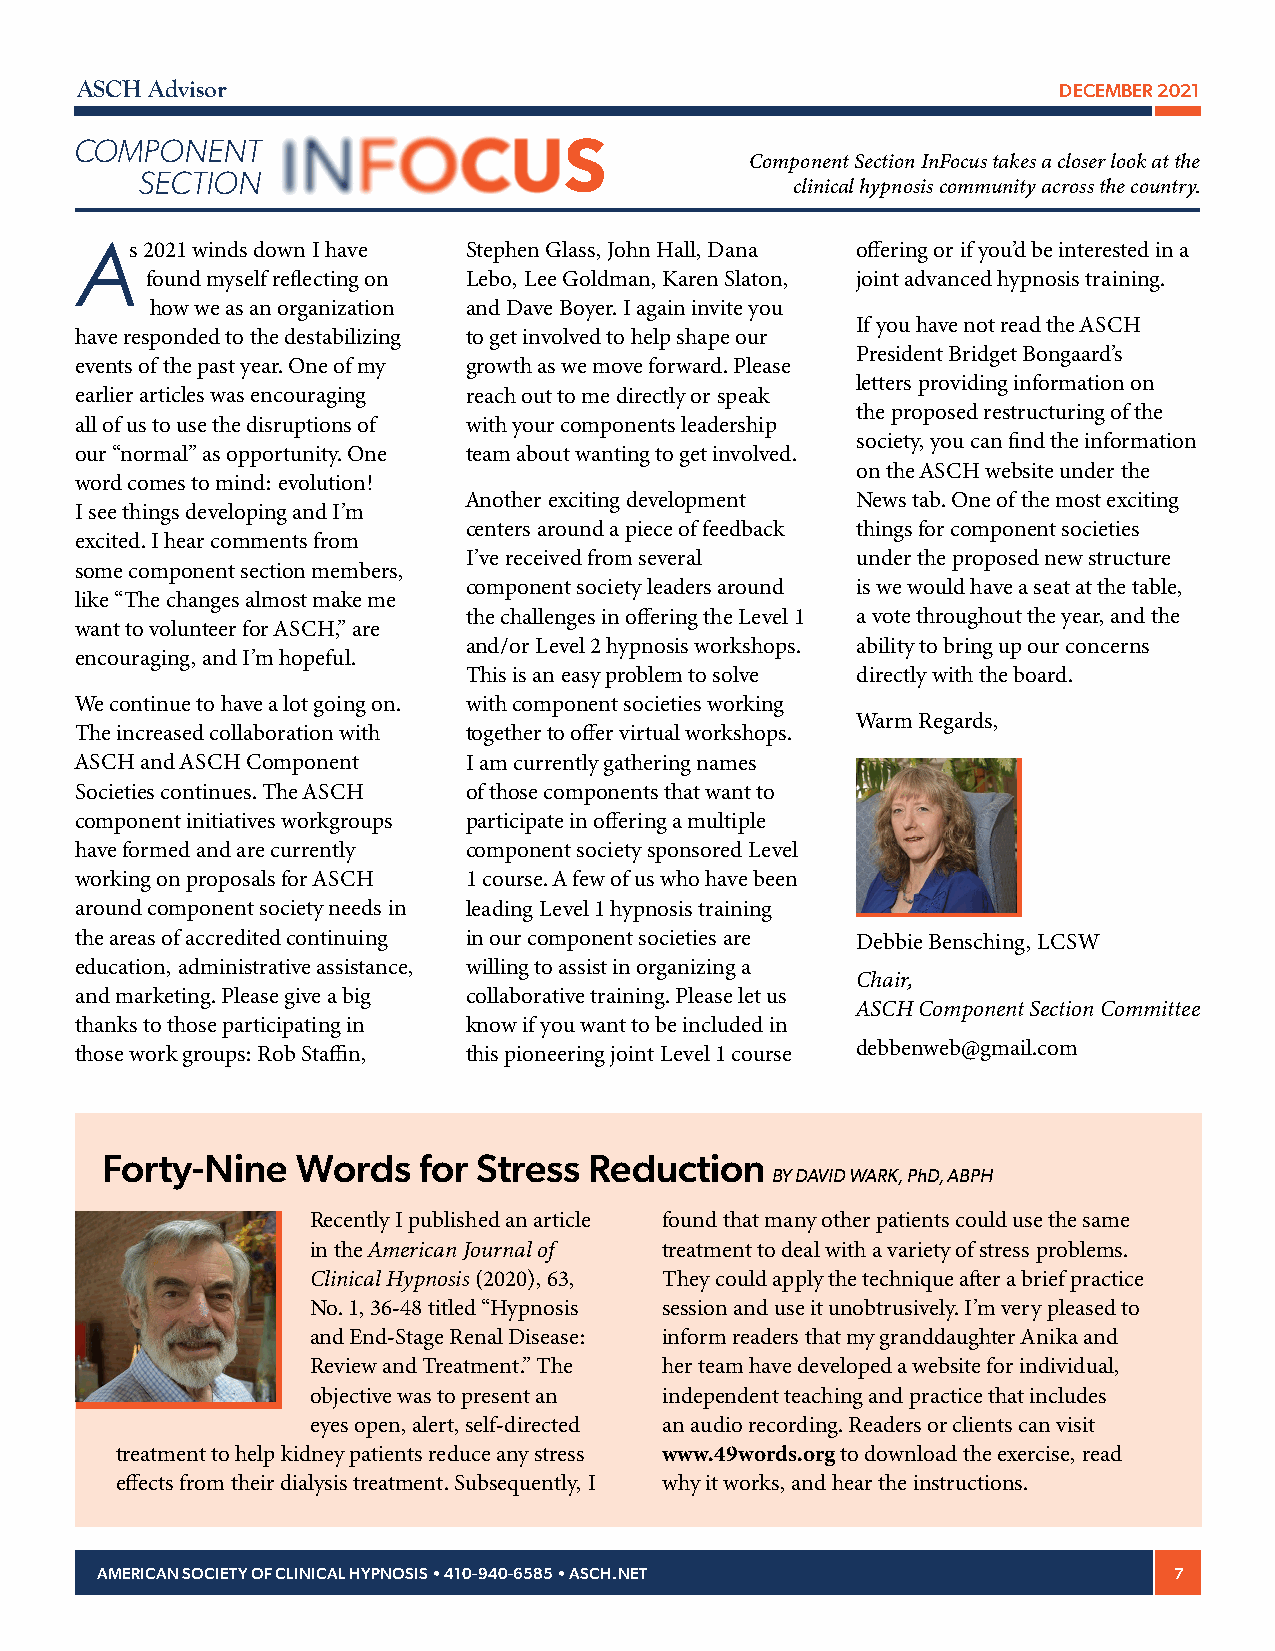
ASCH Advisor                                                     DECEMBER 2021
 COMPONENT
 Component Section InFocus takes a closer look at the
 SECTION
 clinical hypnosis community across the country.
 s 2021 winds down I have Stephen Glass, John Hall, Dana offering or if you’d be interested in a
 found myself reflecting on Lebo, Lee Goldman, Karen Slaton, joint advanced hypnosis training.
 how we as an organization and Dave Boyer. I again invite you
 If you have not read the ASCH
 have responded to the destabilizing to get involved to help shape our
 President Bridget Bongaard’s
 events of the past year. One of my growth as we move forward. Please
 letters providing information on
 earlier articles was encouraging reach out to me directly or speak
 the proposed restructuring of the
 all of us to use the disruptions of with your components leadership
 society, you can find the information
 our “normal” as opportunity. One team about wanting to get involved.
 on the ASCH website under the
 word comes to mind: evolution!
 Another exciting development News tab. One of the most exciting
 I see things developing and I’m
 centers around a piece of feedback things for component societies
 excited. I hear comments from
 I’ve received from several under the proposed new structure
 some component section members,
 component society leaders around is we would have a seat at the table,
 like “The changes almost make me
 the challenges in offering the Level 1 a vote throughout the year, and the
 want to volunteer for ASCH,” are
 and/or Level 2 hypnosis workshops. ability to bring up our concerns
 encouraging, and I’m hopeful.
 This is an easy problem to solve directly with the board.
 We continue to have a lot going on. with component societies working
 Warm Regards,
 The increased collaboration with together to offer virtual workshops.
 ASCH and ASCH Component   I am currently gathering names
 Societies continues. The ASCH of those components that want to
 component initiatives workgroups participate in offering a multiple
 have formed and are currently component society sponsored Level
 working on proposals for ASCH 1 course. A few of us who have been
 around component society needs in leading Level 1 hypnosis training
 the areas of accredited continuing in our component societies are Debbie Bensching, LCSW
 education, administrative assistance, willing to assist in organizing a
 Chair,
 and marketing. Please give a big collaborative training. Please let us
 ASCH Component Section Committee
 thanks to those participating in know if you want to be included in
 debbenweb@gmail.com
 those work groups: Rob Staffin, this pioneering joint Level 1 course
 Forty-Nine   Words   for Stress Reduction
 BY DAVID WARK, PhD, ABPH
 Recently I published an article found that many other patients could use the same
 in the American Journal of treatment to deal with a variety of stress problems.
 Clinical Hypnosis (2020), 63, They could apply the technique after a brief practice
 No. 1, 36-48 titled “Hypnosis session and use it unobtrusively. I’m very pleased to
 and End-Stage Renal Disease: inform readers that my granddaughter Anika and
 Review and Treatment.” The her team have developed a website for individual,
 objective was to present an independent teaching and practice that includes
 eyes open, alert, self-directed an audio recording. Readers or clients can visit
 treatment to help kidney patients reduce any stress www.49words.org to download the exercise, read
 effects from their dialysis treatment. Subsequently, I why it works, and hear the instructions.
 AMERICAN SOCIETY OF CLINICAL HYPNOSIS • 410-940-6585 • ASCH.NET         7